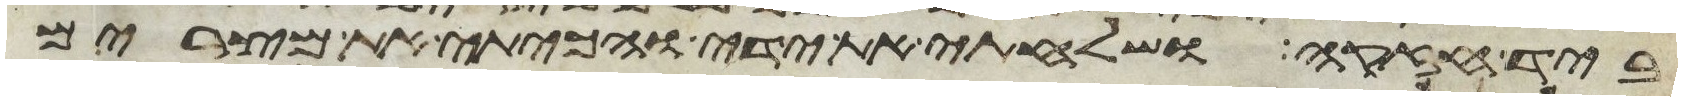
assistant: ביד חזקה ושלחתי את ידי והכיתי את מצרים